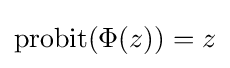
\operatorname {probit} (\Phi (z))=z